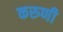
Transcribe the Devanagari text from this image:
करुणी